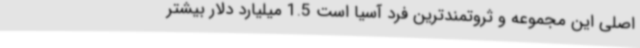
اصلی این مجموعه و ثروتمندترین فرد آسیا است 1.5 میلیارد دلار بیشتر